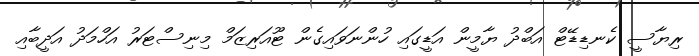
ރިޔާސީ ކެނޑިޑޭޓް އަބްދު ޔާމީން އަޑީގައި ހުންނަވައިގެން ޓޫއަރިޒަމް މިނިސްޓަރު އަހްމަދު އަދީބާއި